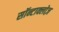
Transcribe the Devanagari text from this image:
सॉन्टाक्लोज़